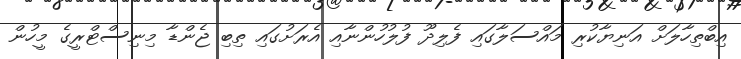
އިބްތިހާލަށް އަނިޔާކުރި މައްސަލާގައި ފެލިދޫ ފުލުހުންނާއި އެރަށުގައި ތިބި ޖެންޑާ މިނިސްޓްރީގެ މީހުން